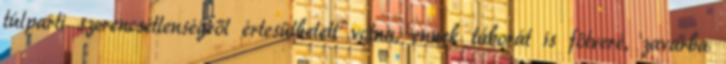
túlparti szerencsétlenségről értesülhetett volna, ennek táborát is fölveré, zavarba